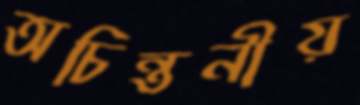
অচিন্তনীয়